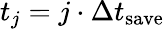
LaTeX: t_{j}=j\cdot\Delta t_{\mathrm{save}}